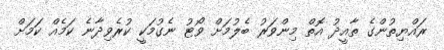
ރައްޔިތުންގެ ތާއީދު އޮތް މިންވަރު ބެލުމަށް ވޯޓު ނެގުމަކީ ކުރެވިދާނެ ކަމެއް ކަމަށް